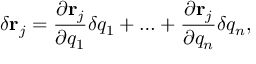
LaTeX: \delta \mathbf { r } _ { j } = { \frac { \partial \mathbf { r } _ { j } } { \partial q _ { 1 } } } \delta { q } _ { 1 } + \ldots + { \frac { \partial \mathbf { r } _ { j } } { \partial q _ { n } } } \delta { q } _ { n } ,